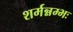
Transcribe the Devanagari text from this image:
शर्मन्नम्भः